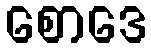
စောဒေ